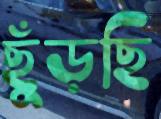
ছুঁড়ছি